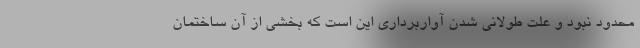
محدود نبود و علت طولانی شدن آواربرداری این است که بخشی از آن ساختمان